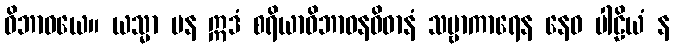
ဝိဘာဝယေ။ ယသ္မာ ပန ဣဒံ စရိယာဝိဘာဝနဝိဓာနံ သဗ္ဗာကာရေန နေဝ ပါဠိယံ န